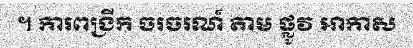
។ ការពង្រីក ចរចរណ៍ តាម ផ្លូវ អាកាស